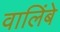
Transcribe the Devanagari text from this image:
वालिंबे